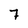
Character: 7